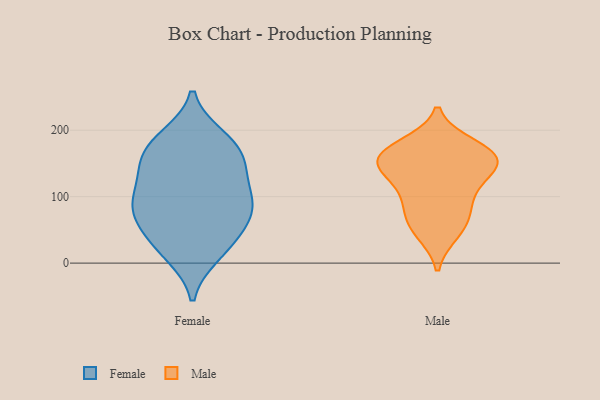
{"axis": {"x": "Bounce Rate (%)", "y": "Value"}, "legend": ["Female", "Male"], "data": [{"x": "", "y": 188, "type": "Female"}, {"x": "", "y": 83, "type": "Female"}, {"x": "", "y": 157, "type": "Female"}, {"x": "", "y": 152, "type": "Female"}, {"x": "", "y": 92, "type": "Female"}, {"x": "", "y": 43, "type": "Female"}, {"x": "", "y": 184, "type": "Female"}, {"x": "", "y": 132, "type": "Female"}, {"x": "", "y": 76, "type": "Female"}, {"x": "", "y": 143, "type": "Female"}, {"x": "", "y": 11, "type": "Female"}, {"x": "", "y": 11, "type": "Female"}, {"x": "", "y": 191, "type": "Female"}, {"x": "", "y": 33, "type": "Female"}, {"x": "", "y": 109, "type": "Female"}, {"x": "", "y": 55, "type": "Female"}, {"x": "", "y": 65, "type": "Female"}, {"x": "", "y": 93, "type": "Female"}, {"x": "", "y": 98, "type": "Female"}, {"x": "", "y": 161, "type": "Female"}, {"x": "", "y": 158, "type": "Male"}, {"x": "", "y": 159, "type": "Male"}, {"x": "", "y": 74, "type": "Male"}, {"x": "", "y": 132, "type": "Male"}, {"x": "", "y": 177, "type": "Male"}, {"x": "", "y": 54, "type": "Male"}, {"x": "", "y": 105, "type": "Male"}, {"x": "", "y": 139, "type": "Male"}, {"x": "", "y": 46, "type": "Male"}, {"x": "", "y": 167, "type": "Male"}, {"x": "", "y": 91, "type": "Male"}, {"x": "", "y": 164, "type": "Male"}, {"x": "", "y": 147, "type": "Male"}]}